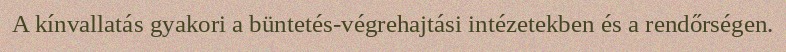
A kínvallatás gyakori a büntetés-végrehajtási intézetekben és a rendőrségen.